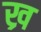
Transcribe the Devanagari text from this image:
ख्र